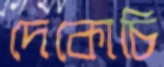
দেকোচি